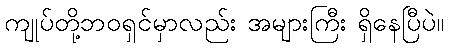
ကျုပ်တို့ဘဝရှင်မှာလည်း အများကြီး ရှိနေပြီပဲ။